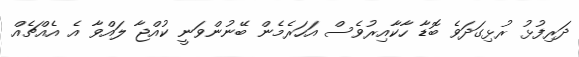
ދަރިފުޅު ރުޅިގަދަވެ ބޮޑާ ހާކާއިރުވެސް އަހަރެމެން ބޭނުންވަނީ ކުއްޖާ ލައްވާ އެ އެއްޗެއް